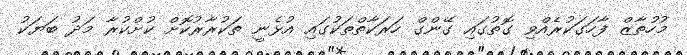
މުހުތާޒް ފާހަގަކުރެއްވި ގޮތުގައި ގޭންގް ހަރަކާތްތަކުގައި އުޅެނީ ތަކުރާރުކޮށް ކުށްކުރާ މަދު ބަޔަކު